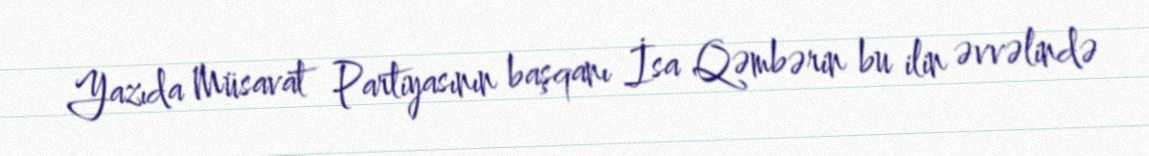
Yazıda Müsavat Partiyasının başqanı İsa Qəmbərin bu ilin əvvəlində